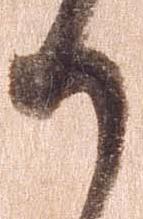
か